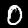
Label: 0